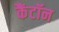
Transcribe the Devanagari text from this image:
कैंटॉन